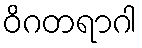
ဝိဂတရာဂါ